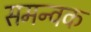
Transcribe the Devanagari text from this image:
समन्वक